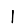
Digit: 1